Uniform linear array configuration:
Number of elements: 24
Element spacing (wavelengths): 0.5
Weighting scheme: hamming
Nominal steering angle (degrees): -45
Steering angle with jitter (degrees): -43.557
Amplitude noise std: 0.05
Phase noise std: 0.05

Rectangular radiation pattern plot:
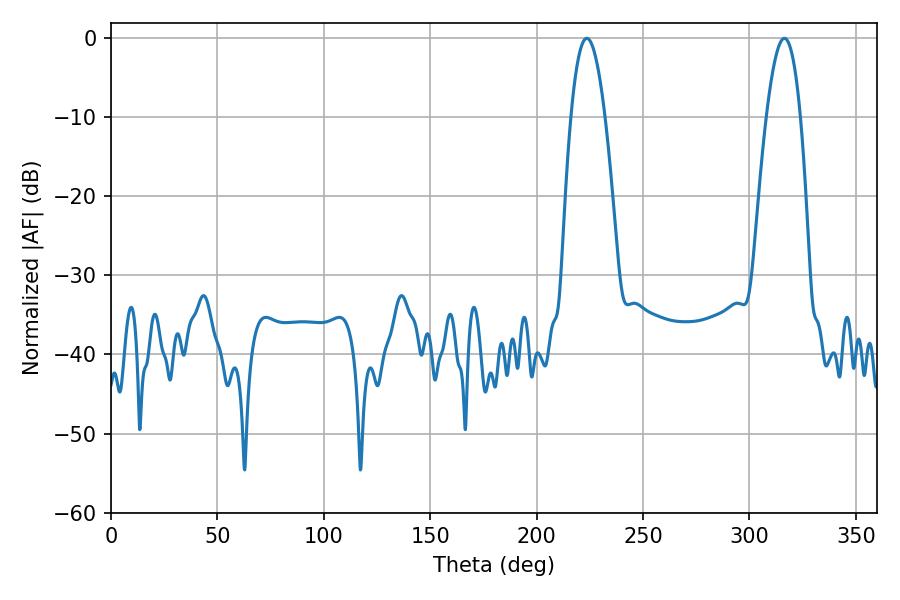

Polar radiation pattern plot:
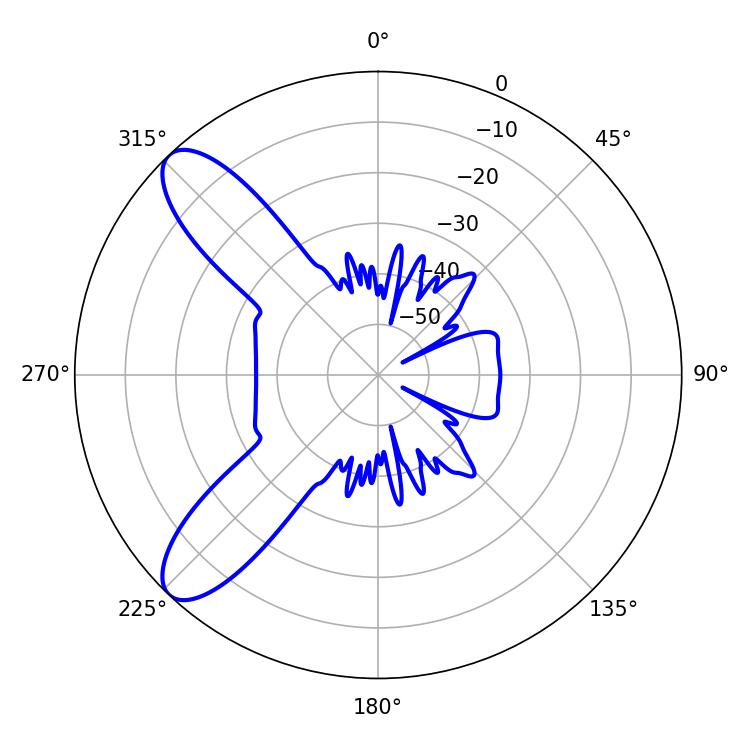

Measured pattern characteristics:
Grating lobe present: FALSE
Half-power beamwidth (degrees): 8.64
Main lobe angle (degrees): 223.56